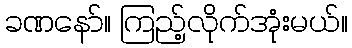
ခဏနော်။ ကြည့်လိုက်အုံးမယ်။